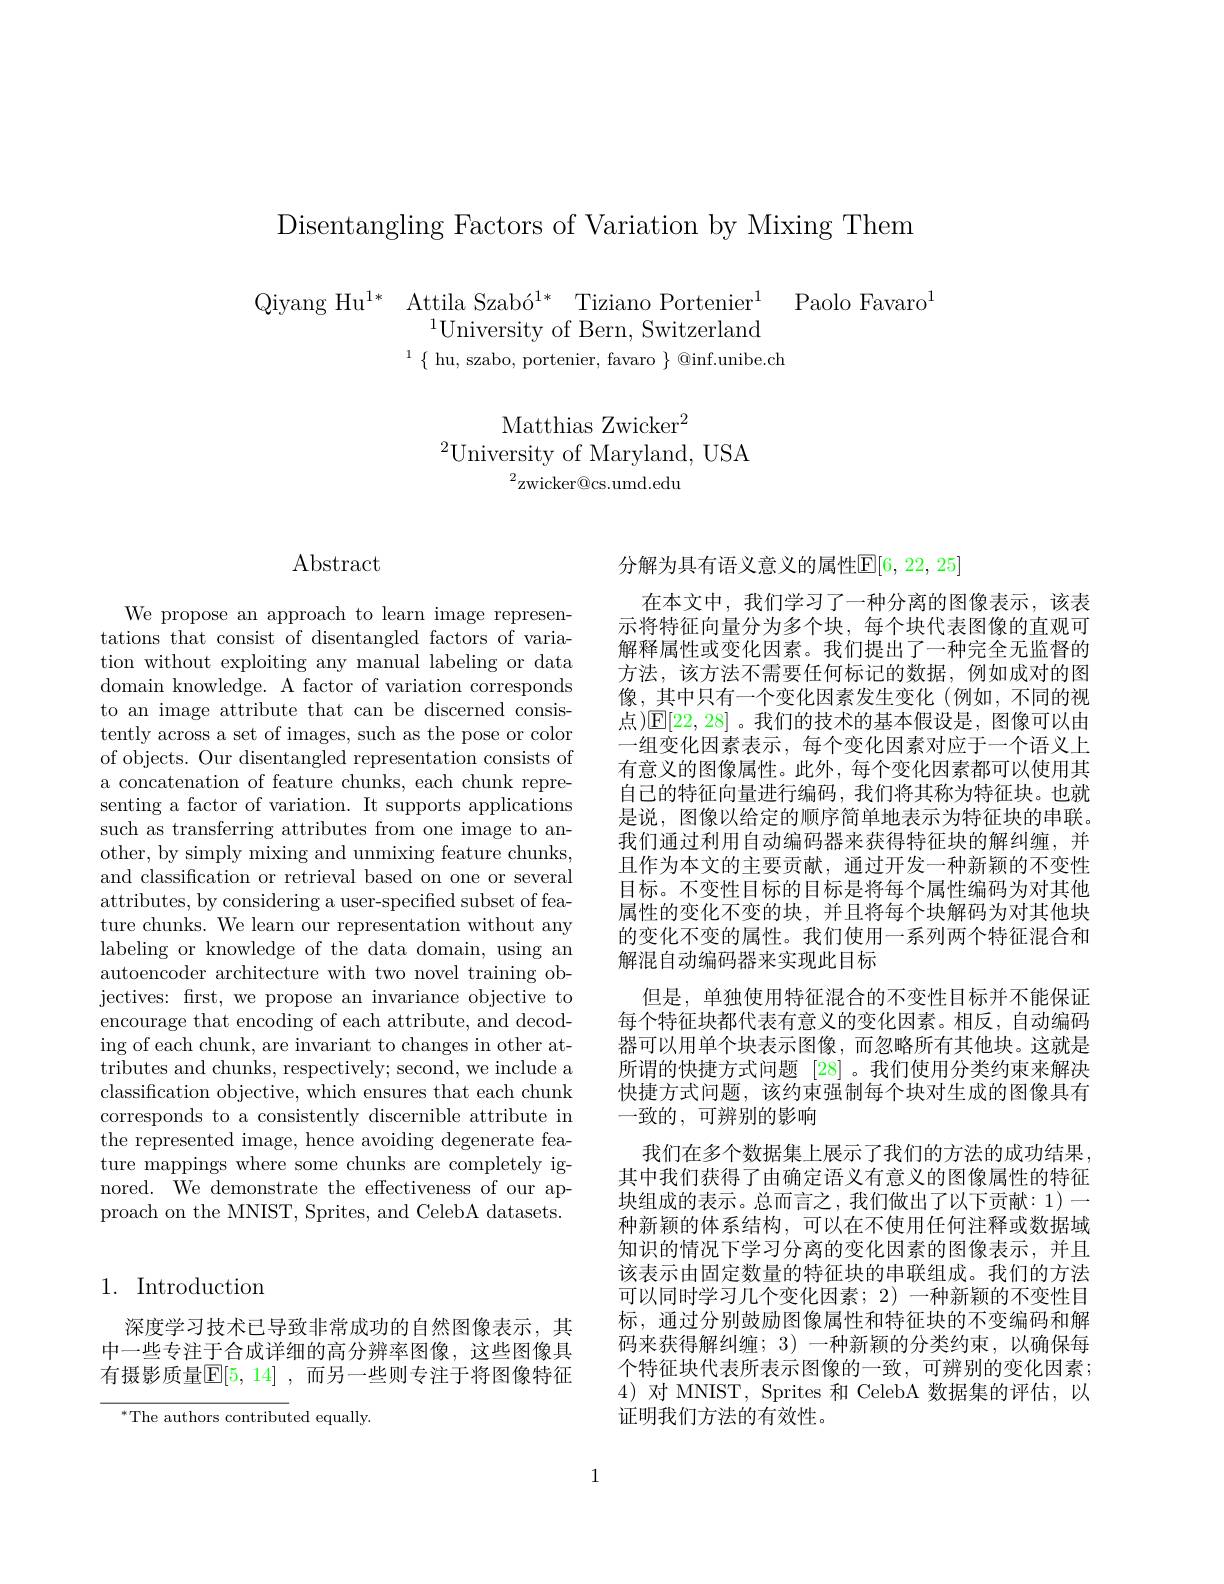
Disentangling Factors of Variation by Mixing Them

$\begin{array}{cc}\text{Qiyang Hu}^{1*}&\text{Attila Szabó}^{1*}&\text{Tiziano Portenier}^{1}&\text{Paolo Favaro}^{1}\\&^{1}\text{University of Bern, Switzerland}\\&^{1}\text{f hu szabo portenier favaro}_{\text{Qinf unibe ch}}\end{array}$

Matthias Zwicker$^2$
$^{2}$University of Maryland, USA
${}^2$zwicker@cs.umd.edu

## $\operatorname{Abstract}$

We propose an approach to learn image representations that consist of disentangled factors of variation without exploiting any manual labeling or data domain knowledge. A factor of variation corresponds to an image attribute that can be discerned consistently across a set of images, such as the pose or color of objects. Our disentangled representation consists of a concatenation of feature chunks, each chunk representing a factor of variation. It supports applications such as transferring attributes from one image to another, by simply mixing and unmixing feature chunks, and classification or retrieval based on one or several attributes, by considering a user-specified subset of feature chunks. We learn our representation without any labeling or knowledge of the data domain, using an autoencoder architecture with two novel training objectives: first, we propose an invariance objective to encourage that encoding of each attribute, and decoding of each chunk, are invariant to changes in other attributes and chunks, respectively; second, we include a classification objective, which ensures that each chunk corresponds to a consistently discernible attribute in the represented image, hence avoiding degenerate feature mappings where some chunks are completely ignored. We demonstrate the effectiveness of our approach on the MNIST, Sprites, and CelebA datasets.

## 1. Introduction

深度学习技术已导致非常成功的自然图像表示，其中一些专注于合成详细的高分辨率图像，这些图像具有摄影质量$\mathbb{E}[5,14]$ ,而另一些则专注于将图像特征

${^*\text{The authors contribut}}$ed equally

分解为具有语义意义的属性$\mathbb{E}[6,22,25]$

在本文中，我们学习了一种分离的图像表示，该表示将特征向量分为多个块，每个块代表图像的直观可解释属性或变化因素。我们提出了一种完全无监督的方法，该方法不需要任何标记的数据，例如成对的图像，其中只有一个变化因素发生变化(例如，不同的视点 )$\mathbb{E}[22,28]$。我们的技术的基本假设是，图像可以由一组变化因素表示，每个变化因素对应于一个语义上有意义的图像属性。此外，每个变化因素都可以使用其自己的特征向量进行编码，我们将其称为特征块。也就是说，图像以给定的顺序简单地表示为特征块的串联。我们通过利用自动编码器来获得特征块的解纠缠，并且作为本文的主要贡献，通过开发一种新颖的不变性目标。不变性目标的目标是将每个属性编码为对其他属性的变化不变的块，并且将每个块解码为对其他块的变化不变的属性。我们使用一系列两个特征混合和解混自动编码器来实现此目标
但是，单独使用特征混合的不变性目标并不能保证每个特征块都代表有意义的变化因素。相反，自动编码器可以用单个块表示图像，而忽略所有其他块。这就是所谓的快捷方式问题 [28] 。我们使用分类约束来解决快捷方式问题，该约束强制每个块对生成的图像具有一致的，可辨别的影响
我们在多个数据集上展示了我们的方法的成功结果其中我们获得了由确定语义有意义的图像属性的特征块组成的表示。总而言之，我们做出了以下贡献：1)一种新颖的体系结构，可以在不使用任何注释或数据域知识的情况下学习分离的变化因素的图像表示，并且该表示由固定数量的特征块的串联组成。我们的方法可以同时学习几个变化因素；2) 一种新颖的不变性目标，通过分别鼓励图像属性和特征块的不变编码和解码来获得解纠缠；3)一种新颖的分类约束，以确保每个特征块代表所表示图像的一致，可辨别的变化因素； 4)对 MNIST, Sprites 和 CelebA 数据集的评估，以证明我们方法的有效性。

1